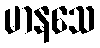
မာနသေ